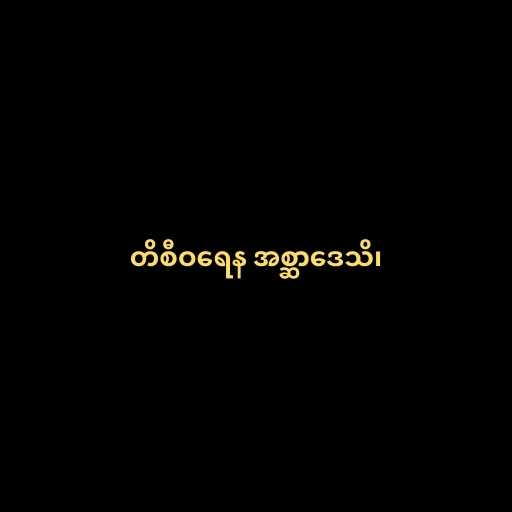
တိစီဝရေန အစ္ဆာဒေသိ၊